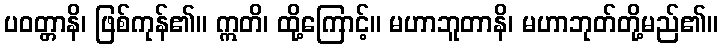
ပဝတ္တာနိ၊ ဖြစ်ကုန်၏။ ဣတိ၊ ထို့ကြောင့်။ မဟာဘူတာနိ၊ မဟာဘုတ်တို့မည်၏။